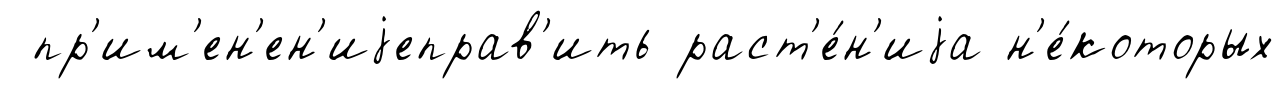
пр'им'ен'ен'иjеправ'ить раст'е́н'иjа н'е́которых